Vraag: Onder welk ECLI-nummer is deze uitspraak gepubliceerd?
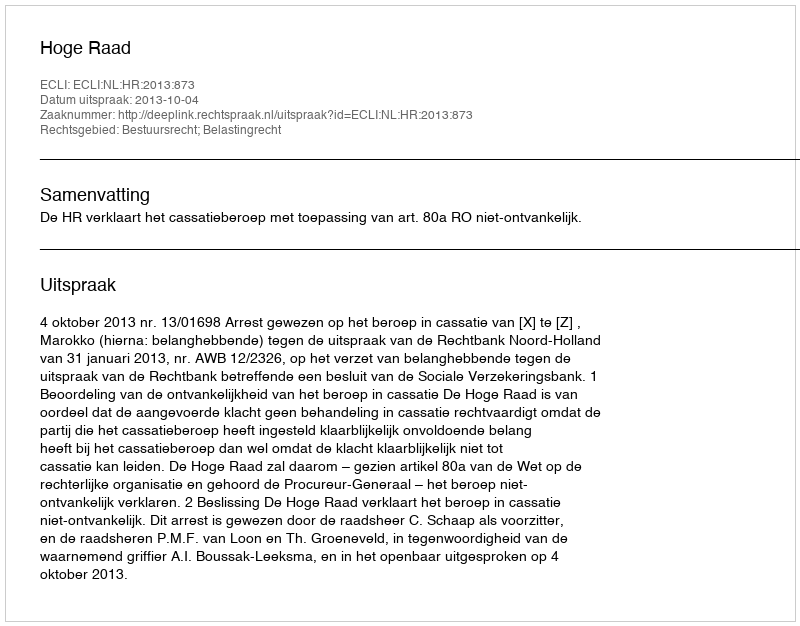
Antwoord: ECLI:NL:HR:2013:873